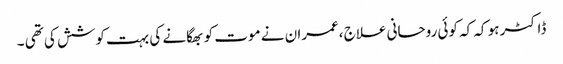
ڈاکٹر ہو کہ کہ کوئی روحانی علاج ،عمران نے موت کو بھگانے کی بہت کوشش کی تھی ۔